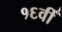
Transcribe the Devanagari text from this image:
१६वीँ